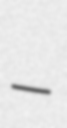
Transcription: –